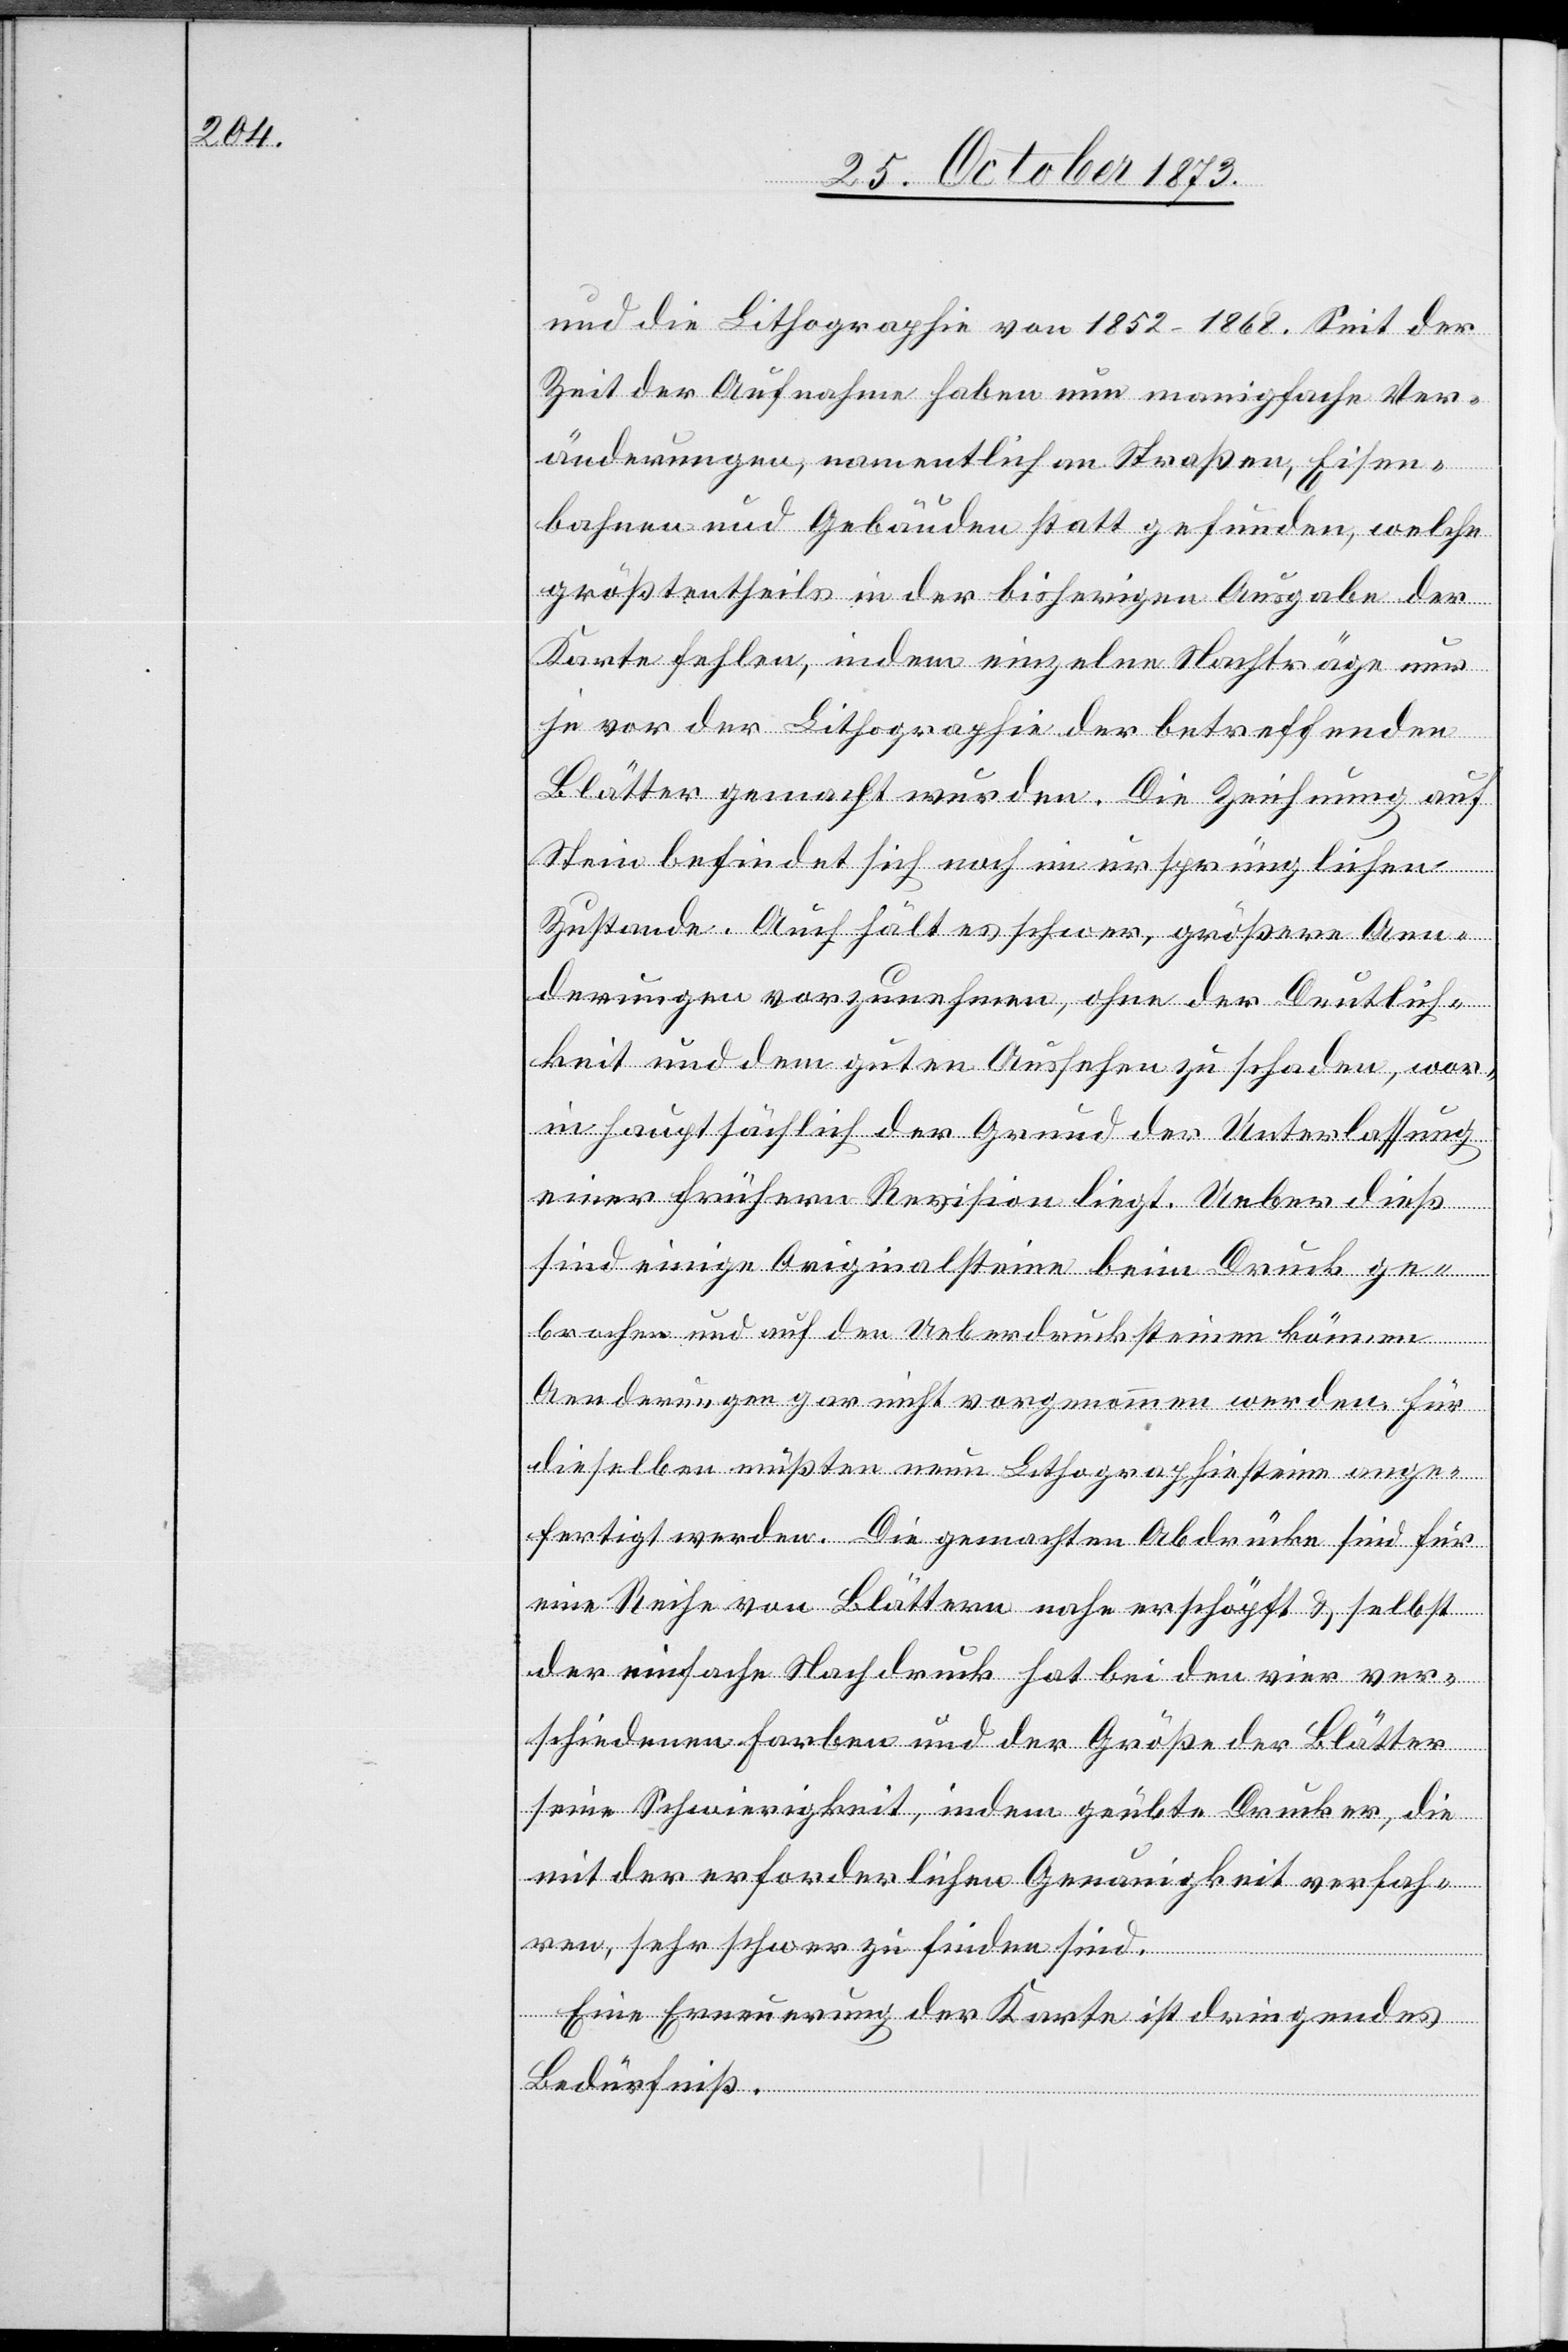
und die Lithographie von 1852–1868. Seit der
Zeit der Aufnahme haben nun manigfache Ver¬
änderungen, namentlich an Straßen, Eisen¬
bahnen und Gebäuden statt gefunden, welche
größtentheils in der bisherigen Ausgabe der
Karte fehlen, indem einzelne Nachträge nur
je vor der Lithographie der betreffenden
Blätter gemacht wurden. Die Zeichnung auf
Stein befindet sich noch im ursprünglichen
Zustande. Auch hält [recte: fällt] es schwer, größere Aen¬
derungen vorzunehmen, ohne der Deutlich¬
keit und dem guten Aussehen zu schaden, wor¬
in hauptsächlich der Grund der Unterlassung
einer frühern Revision liegt. Ueber dieß
sind einige Originalsteine beim Druck ge¬
brochen und auf den Ueberdrucksteinen können
Aenderungen gar nicht vorgenommen werden. Für
dieselben müßten neue Lithographiesteine ange¬
fertigt werden. Die gemachten Abdrücke sind für
eine Reihe von Blättern nahe erschöpft & selbst
der einfache Nachdruck hat bei den vier ver¬
schiedenen Farben und der Größe der Blätter
seine Schwierigkeit, indem geübte Drucker, die
mit der erforderlichen Genauigkeit verfah¬
ren, sehr schwer zu finden sind.
Eine Erneuerung der Karte ist dringendes
Bedürfniß.